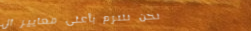
نحن نلتزم بأعلى معايير ال